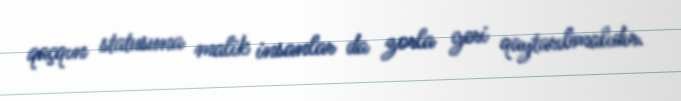
qaçqın statusuna malik insanlar da zorla geri qaytarılmalıdır.